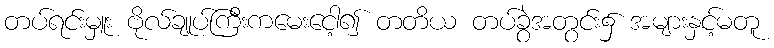
တပ်ရင်းမှူး ဗိုလ်ချုပ်ကြီးကမေးငေါ့၍ တတိယ တပ်ခွဲအတွင်း၌ အများနှင့်မတူ